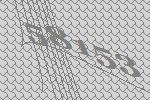
58153